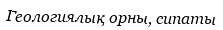
Геологиялық орны, сипаты